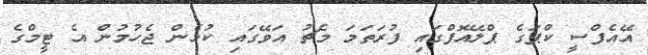
އޭއެފްސީ ކްޕަގެ ޕްލޭއޮފްގައި ފުރަތަމަ މެޗު އަވޭގައި ކުޅެން ޖެހުމުން އެ ޓީމްގެ